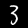
Label: 3